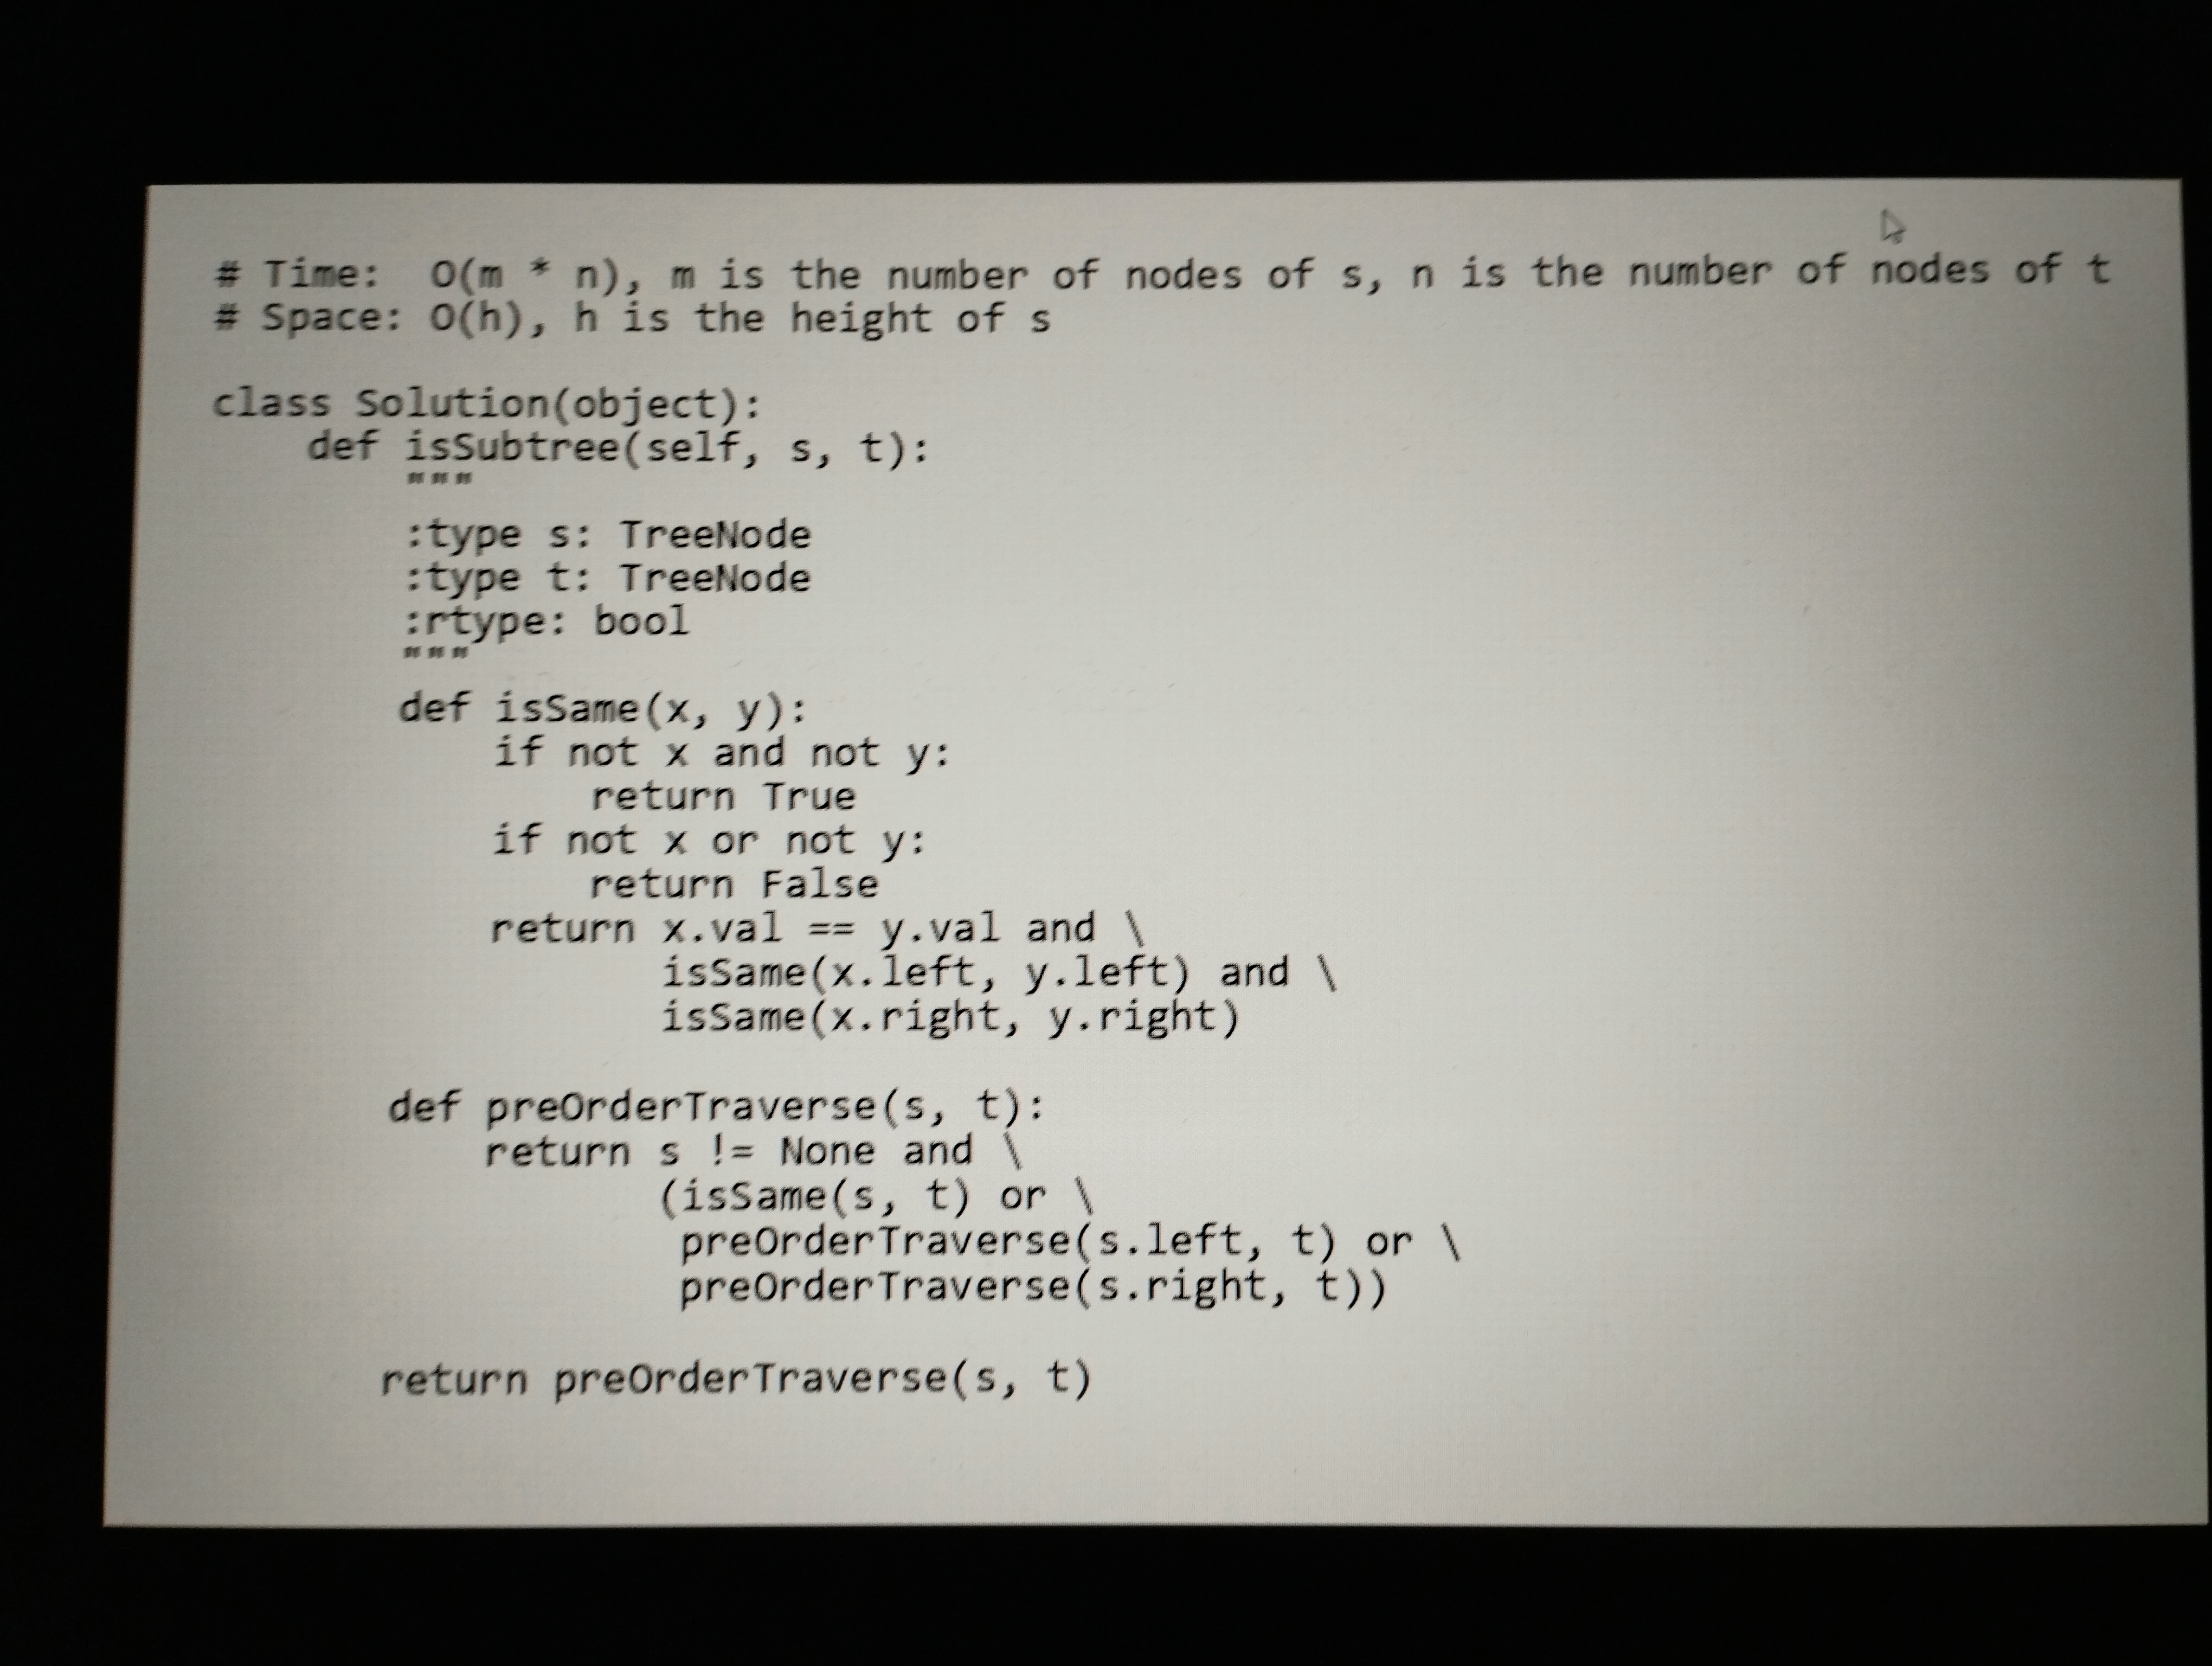
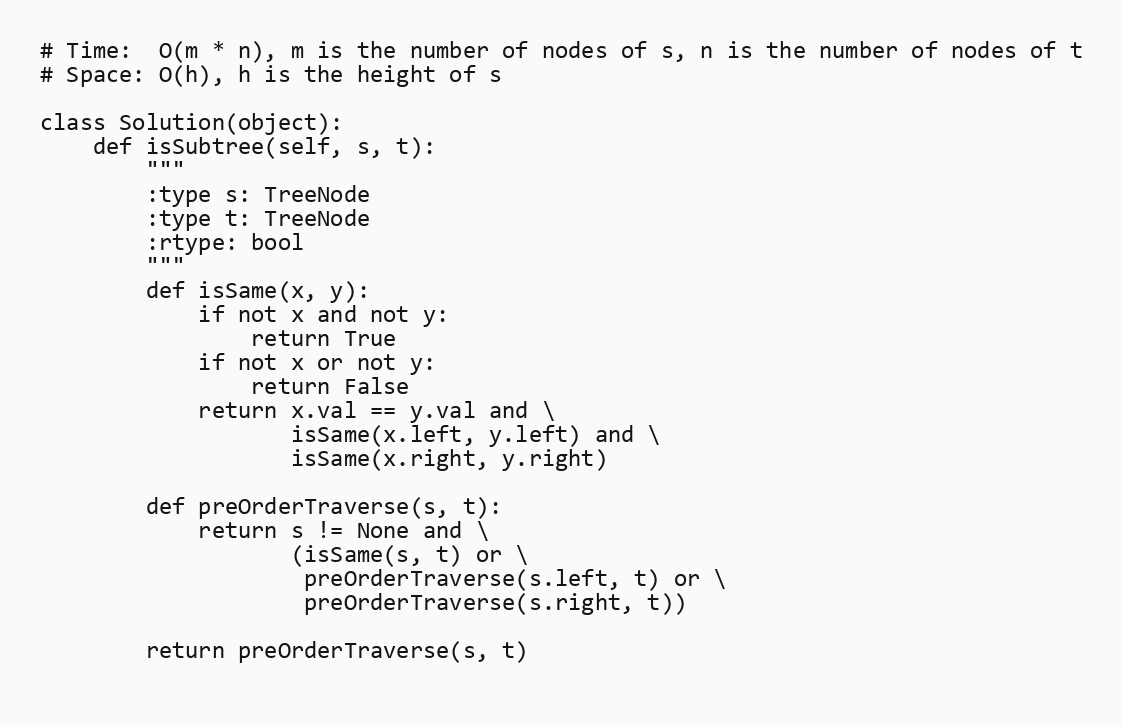
# Time:  O(m * n), m is the number of nodes of s, n is the number of nodes of t
# Space: O(h), h is the height of s

class Solution(object):
    def isSubtree(self, s, t):
        """
        :type s: TreeNode
        :type t: TreeNode
        :rtype: bool
        """
        def isSame(x, y):
            if not x and not y:
                return True
            if not x or not y:
                return False
            return x.val == y.val and \
                   isSame(x.left, y.left) and \
                   isSame(x.right, y.right)

        def preOrderTraverse(s, t):
            return s != None and \
                   (isSame(s, t) or \
                    preOrderTraverse(s.left, t) or \
                    preOrderTraverse(s.right, t))

        return preOrderTraverse(s, t)